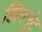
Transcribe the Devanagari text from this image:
झिगमुंट